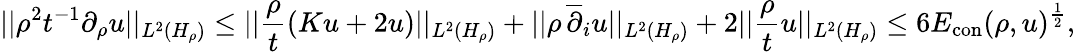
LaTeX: ||\rho^{2}t^{-1}\partial_{\rho}u||_{L^{2}(H_{\rho})}\leq||\frac\rho t(Ku+2u)||_{L^{2}(H_{\rho})}+||\rho\, \overline{{\partial}}_{i}u||_{L^{2}(H_{\rho})}+2||\frac\rho tu||_{L^{2}(H_{\rho})}\leq 6E_{\mathrm{con}}(\rho,u)^{\frac 12},